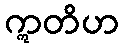
ဣတိဟ